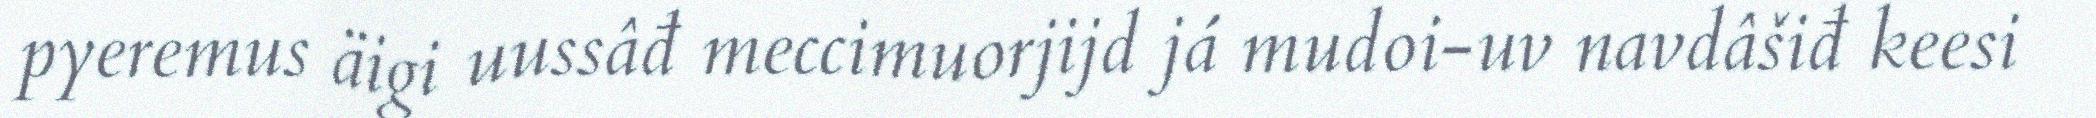
pyeremus äigi uussâđ meccimuorjijd já mudoi-uv navdâšiđ keesi